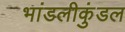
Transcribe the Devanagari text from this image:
भांडलीकुंडल